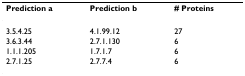
| Prediction a | Prediction b | # Proteins |
 | --- | --- | --- |
 | 3.5.4.25 | 4.1.99.12 | 27 |
 | 3.6.3.44 | 2.7.1.130 | 6 |
 | 1.1.1.205 | 1.7.1.7 | 6 |
 | 2.7.1.25 | 2.7.7.4 | 6 |